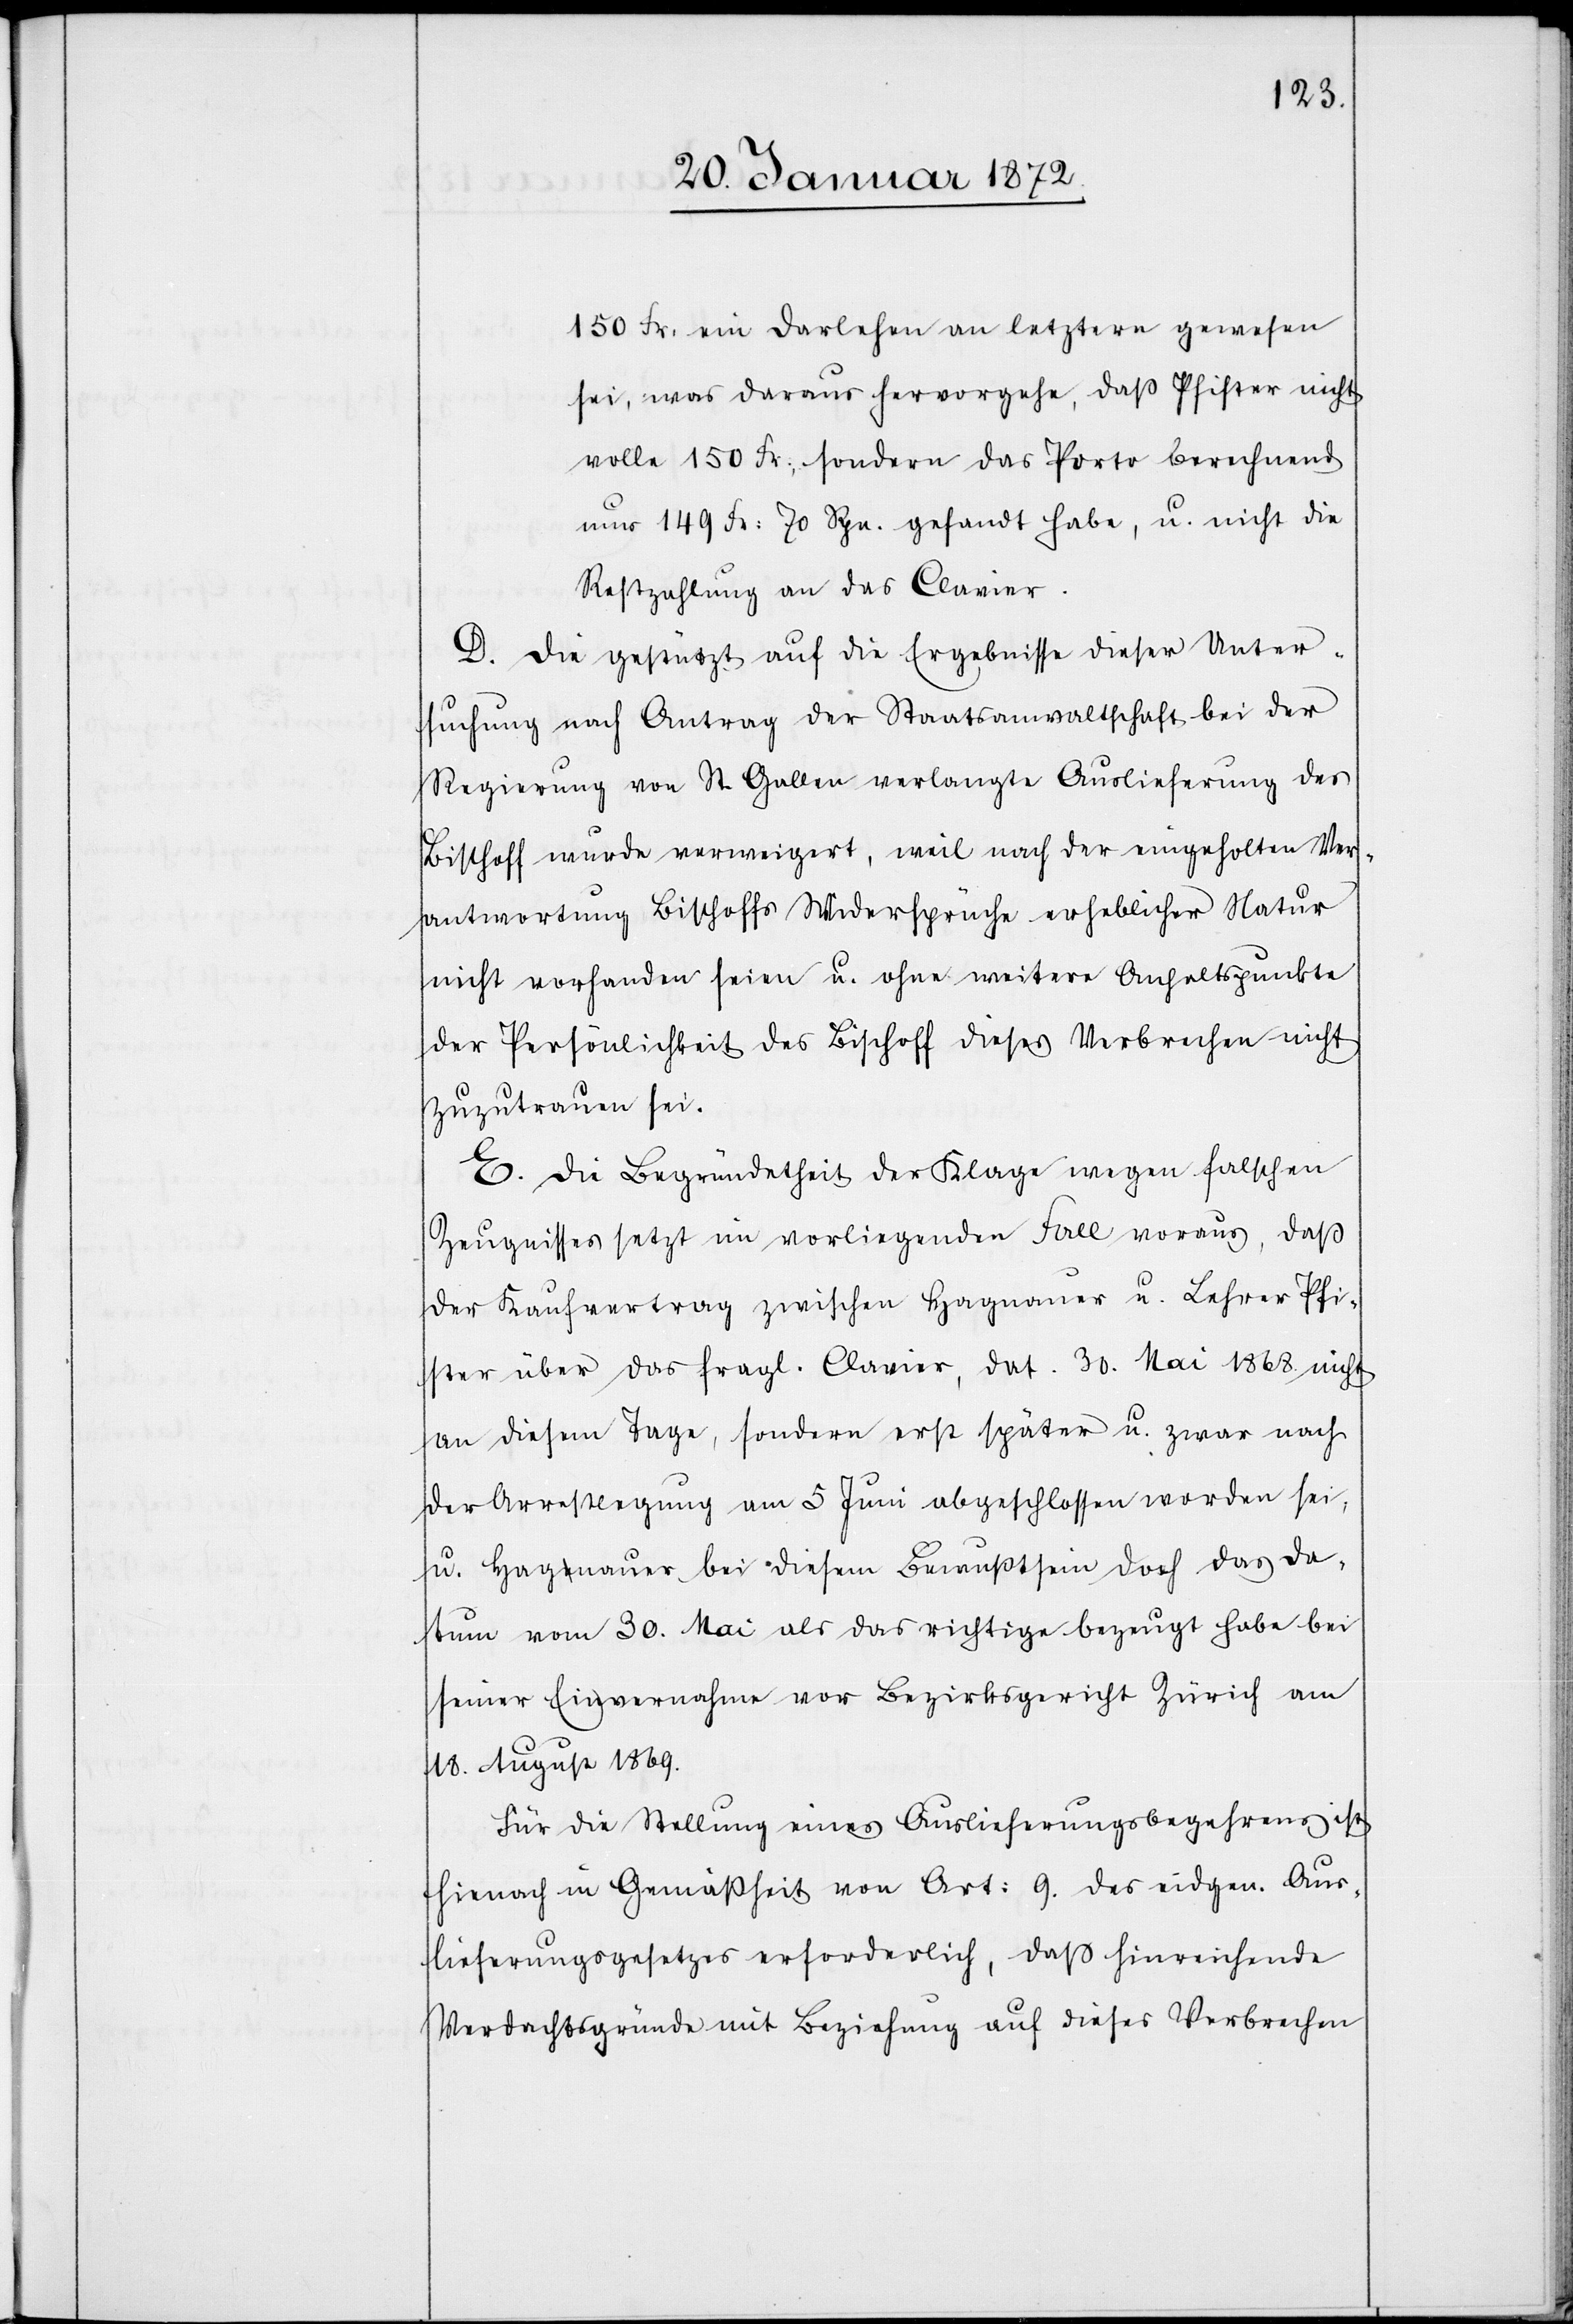
150 Fr. ein Darlehen an letztern gewesen
sei, was daraus hervorgehe, daß Pfister nicht
volle 150 Fr., sondern das Porto berechnend
nur 149 Fr: 70 Rpn. gesandt habe, u. nicht die
Restzahlung an das Clavier.
D. Die gestützt auf die Ergebnisse dieser Unter¬
suchung nach Antrag der Staatsanwaltschaft bei der
Regierung von St. Gallen verlangte Auslieferung des
Bischoff wurde verweigert, weil nach der eingeholten Ver¬
antwortung Bischoffs Widersprüche erheblicher Natur
nicht vorhanden seien u. ohne weitere Anhaltspunkte
der Persönlichkeit des Bischoff dieses Verbrechen nicht
zuzutrauen sei.
E. Die Begründetheit der Klage wegen falschen
Zeugnisses setzt im vorliegenden Fall voraus, daß
der Kaufvertrag zwischen Hagnauer u. Lehrer Pfi¬
ster über das fragl. Clavier, dat. 30. Mai 1868. nicht
an diesem Tage, sondern erst später u. zwar nach
der Arrestlegung am 5 Juni abgeschlossen worden sei,
u. Hagnauer bei diesem Bewußtsein doch das Da¬
tum vom 30. Mai als das richtige bezeugt habe bei
seiner Einvernahme vor Bezirksgericht Zürich am
18. August 1869.
Für die Stellung eines Auslieferungsbegehrens ist
hienach in Gemäßheit von Art: 9. des eidgen. Aus¬
lieferungsgesetzes erforderlich, daß hinreichende
Verdachtsgründe mit Beziehung auf dieses Verbrechen